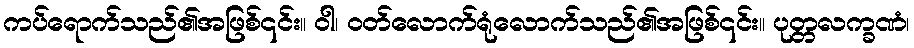
ကပ်ရောက်သည်၏အဖြစ်၎င်း။ ဝါ၊ ဝတ်လောက်ရုံလောက်သည်၏အဖြစ်၎င်း။ ပုတ္တလက္ခဏံ၊